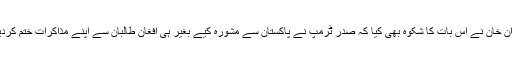
عمران خان نے اس بات کا شکوہ بھی کیا کہ صدر ٹرمپ نے پاکستان سے مشورہ کیے بغیر ہی افغان طالبان سے اپنے مذاکرات ختم کردیئے۔